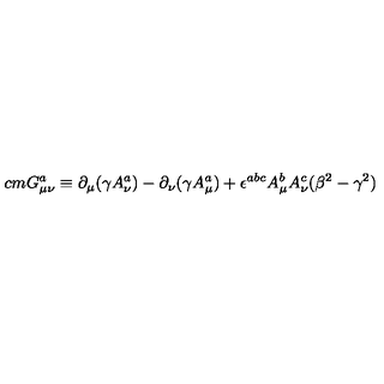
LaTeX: \hspace { 3 c m } G _ { \mu \nu } ^ { a } \equiv \partial _ { \mu } ( \gamma A _ { \nu } ^ { a } ) - \partial _ { \nu } ( \gamma A _ { \mu } ^ { a } ) + \epsilon ^ { a b c } A _ { \mu } ^ { b } A _ { \nu } ^ { c } ( \beta ^ { 2 } - \gamma ^ { 2 } )